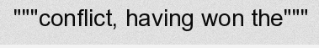
"""conflict, having won the"""